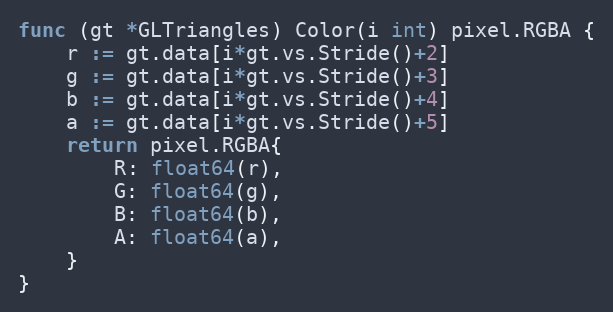
Language: Go
func (gt *GLTriangles) Color(i int) pixel.RGBA {
	r := gt.data[i*gt.vs.Stride()+2]
	g := gt.data[i*gt.vs.Stride()+3]
	b := gt.data[i*gt.vs.Stride()+4]
	a := gt.data[i*gt.vs.Stride()+5]
	return pixel.RGBA{
		R: float64(r),
		G: float64(g),
		B: float64(b),
		A: float64(a),
	}
}